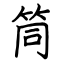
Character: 筒